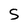
Character: S